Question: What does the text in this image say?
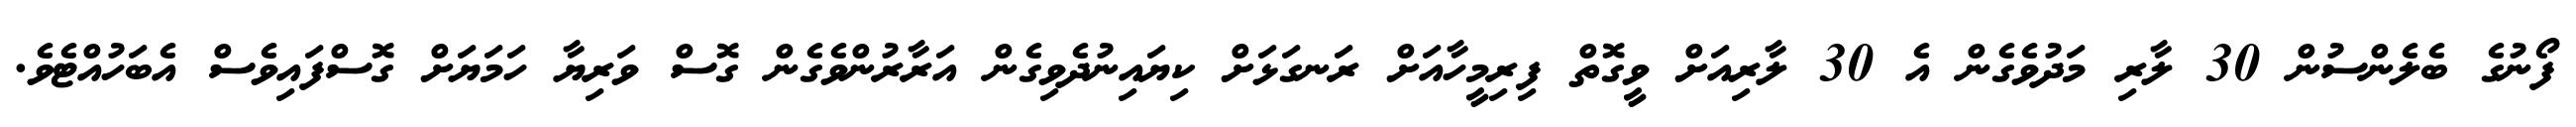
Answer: ފޯނުގެ ބެލެންސުން 30 ލާރި މަދުވެގެން އެ 30 ލާރިއަށް ވީގޮތް ފިރިމީހާއަށް ރަނގަޅަށް ކިޔައިނުދެވިގެން އަރާރުންވެގެން ގޮސް ވަރިޔާ ހަމަޔަށް ގޮސްފައިވެސް އެބަހުއްޓެވެ.